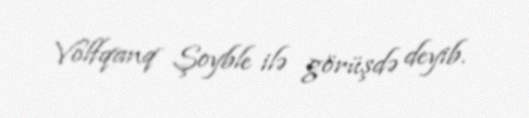
Volfqanq Şoyble ilə görüşdə deyib.